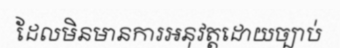
ដែលមិនមានការអនុវត្តដោយច្បាប់